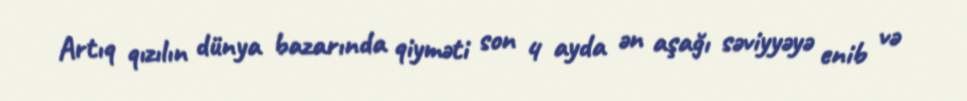
Artıq qızılın dünya bazarında qiyməti son 4 ayda ən aşağı səviyyəyə enib və